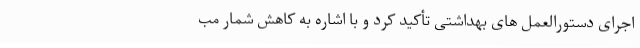
اجرای دستورالعمل های بهداشتی تأکید کرد و با اشاره به کاهش شمار مب